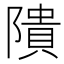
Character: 隤